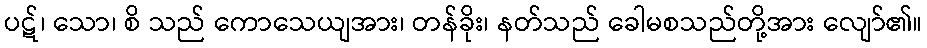
ပဋ်၊ သော၊ စိ သည် ကောသေယျအား၊ တန်ခိုး၊ နတ်သည် ခေါမစသည်တို့အား လျော်၏။